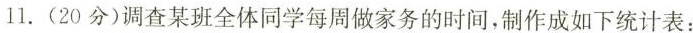
ll. (20分)调查某班全体同学每周做家务的时间，制作成如下统计表：